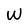
Character: W